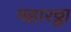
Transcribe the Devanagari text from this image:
महारठ्ठा